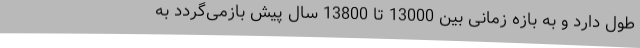
طول دارد و به بازه زمانی بین 13000 تا 13800 سال پیش بازمی‌گردد به